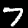
Digit: 7